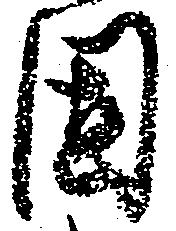
固